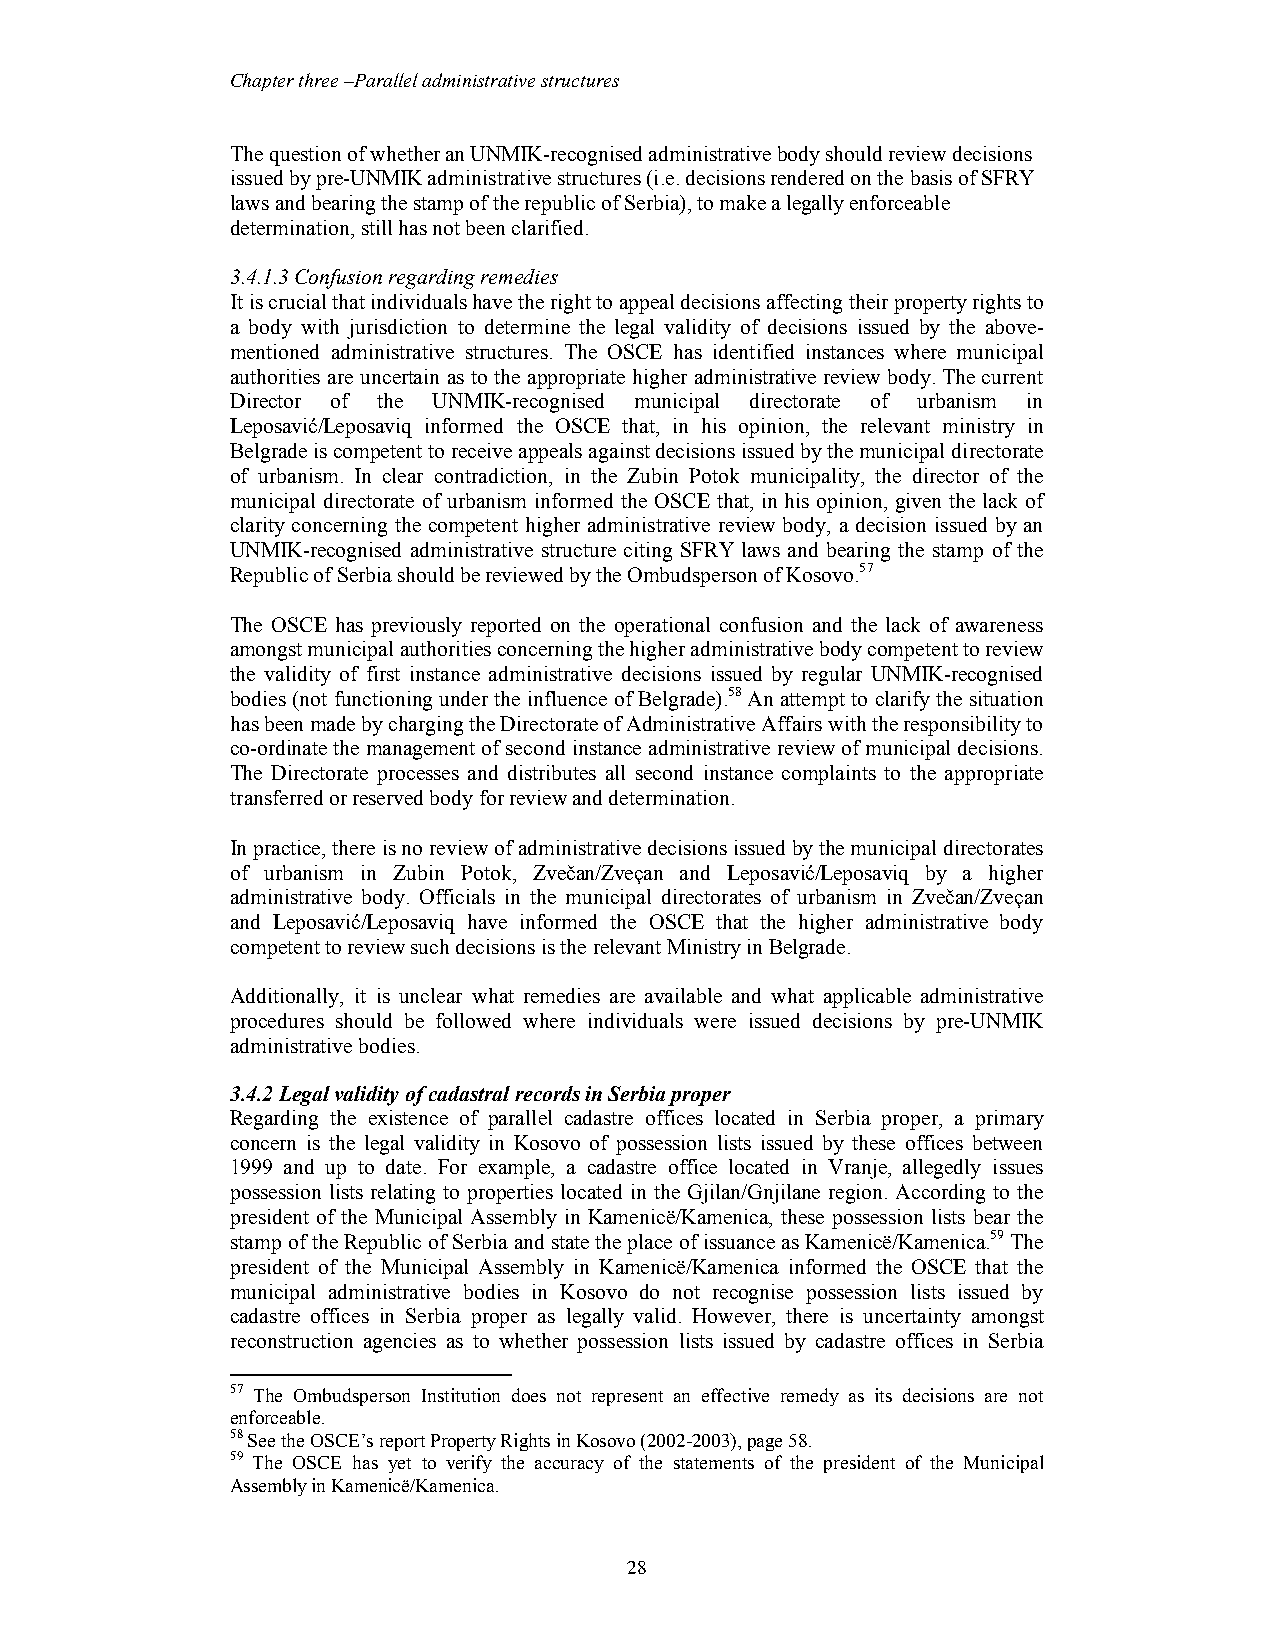
Chapter three –Parallel administrative structures
 The question of whether an UNMIK-recognised administrative body should review decisions
 issued by pre-UNMIK administrative structures (i.e. decisions rendered on the basis of SFRY
 laws and bearing the stamp of the republic of Serbia), to make a legally enforceable
 determination, still has not been clarified.
 3.4.1.3 Confusion regarding remedies
 It is crucial that individuals have the right to appeal decisions affecting their property rights to
 a body with jurisdiction to determine the legal validity of decisions issued by the above-
 mentioned administrative structures. The OSCE has identified instances where municipal
 authorities are uncertain as to the appropriate higher administrative review body. The current
 Director of the UNMIK-recognised municipal directorate of urbanism in
 Leposavić/Leposaviq informed the OSCE that, in his opinion, the relevant ministry in
 Belgrade is competent to receive appeals against decisions issued by the municipal directorate
 of urbanism. In clear contradiction, in the Zubin Potok municipality, the director of the
 municipal directorate of urbanism informed the OSCE that, in his opinion, given the lack of
 clarity concerning the competent higher administrative review body, a decision issued by an
 UNMIK-recognised administrative structure citing SFRY laws and bearing the stamp of the
 Republic of Serbia should be reviewed by the Ombudsperson of Kosovo.57
 The OSCE has previously reported on the operational confusion and the lack of awareness
 amongst municipal authorities concerning the higher administrative body competent to review
 the validity of first instance administrative decisions issued by regular UNMIK-recognised
 bodies (not functioning under the influence of Belgrade).58 An attempt to clarify the situation
 has been made by charging the Directorate of Administrative Affairs with the responsibility to
 co-ordinate the management of second instance administrative review of municipal decisions.
 The Directorate processes and distributes all second instance complaints to the appropriate
 transferred or reserved body for review and determination.
 In practice, there is no review of administrative decisions issued by the municipal directorates
 of urbanism in Zubin Potok, Zvečan/Zveçan and Leposavić/Leposaviq by a higher
 administrative body. Officials in the municipal directorates of urbanism in Zvečan/Zveçan
 and Leposavić/Leposaviq have informed the OSCE that the higher administrative body
 competent to review such decisions is the relevant Ministry in Belgrade.
 Additionally, it is unclear what remedies are available and what applicable administrative
 procedures should be followed where individuals were issued decisions by pre-UNMIK
 administrative bodies.
 3.4.2 Legal validity of cadastral records in Serbia proper
 Regarding the existence of parallel cadastre offices located in Serbia proper, a primary
 concern is the legal validity in Kosovo of possession lists issued by these offices between
 1999 and up to date. For example, a cadastre office located in Vranje, allegedly issues
 possession lists relating to properties located in the Gjilan/Gnjilane region. According to the
 president of the Municipal Assembly in Kamenicë/Kamenica, these possession lists bear the
 stamp of the Republic of Serbia and state the place of issuance as Kamenicë/Kamenica.59 The
 president of the Municipal Assembly in Kamenicë/Kamenica informed the OSCE that the
 municipal administrative bodies in Kosovo do not recognise possession lists issued by
 cadastre offices in Serbia proper as legally valid. However, there is uncertainty amongst
 reconstruction agencies as to whether possession lists issued by cadastre offices in Serbia
 57 The Ombudsperson Institution does not represent an effective remedy as its decisions are not
 enforceable.
 58 See the OSCE’s report Property Rights in Kosovo (2002-2003), page 58.
 59 The OSCE has yet to verify the accuracy of the statements of the president of the Municipal
 Assembly in Kamenicë/Kamenica.
 28